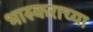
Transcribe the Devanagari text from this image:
भास्कराच्या